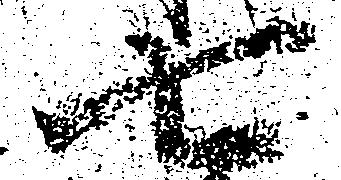
七